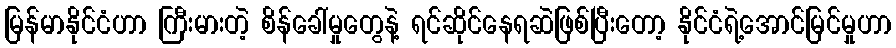
မြန်မာနိုင်ငံဟာ ကြီးမားတဲ့ စိန်ခေါ်မှုတွေနဲ့ ရင်ဆိုင်နေရဆဲဖြစ်ပြီးတော့ နိုင်ငံရဲ့အောင်မြင်မှုဟာ